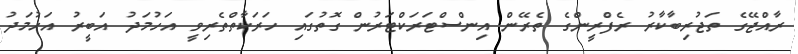
ރާއްޖޭގެ ތަޖުރިބާކާރު ރެފްރީންގެ ތެރޭން އިންސްޓަރަކްޓަރުން ގޮތުގައި ހަރަކާތްތެރިވީ އަހުމަދު އަބީރު އަހުމަދު